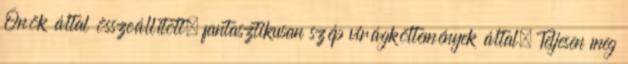
Önök által összeállított, fantasztikusan szép virágköltemények által. Teljesen meg